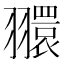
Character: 𦒠